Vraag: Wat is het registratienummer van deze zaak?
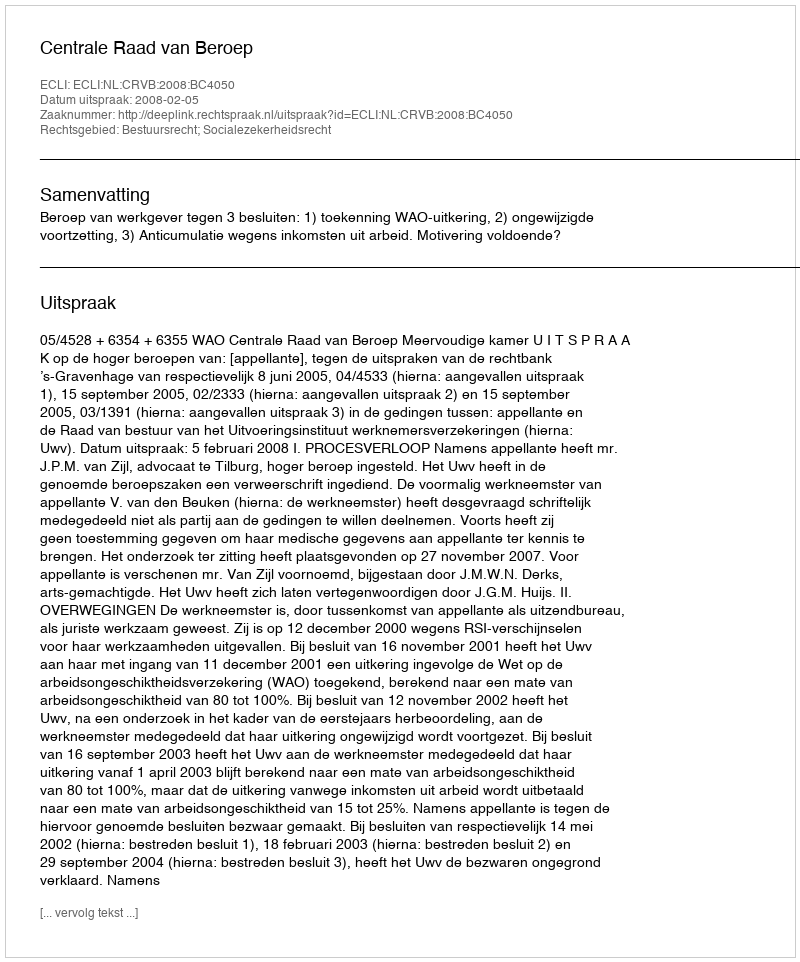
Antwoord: http://deeplink.rechtspraak.nl/uitspraak?id=ECLI:NL:CRVB:2008:BC4050